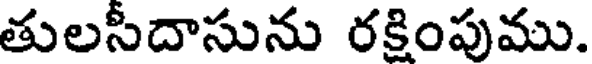
తులసీదాసును రక్షింపుము.